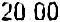
20.00